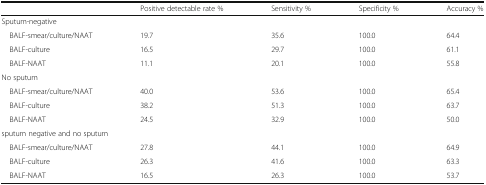
|  | Positive detectable rate % | Sensitivity % | Specificity % | Accuracy % |
 | --- | --- | --- | --- | --- |
 | <COLSPAN=5> Sputum-negative |
 | BALF-smear/culture/NAAT | 19.7 | 35.6 | 100.0 | 64.4 |
 | BALF-culture | 16.5 | 29.7 | 100.0 | 61.1 |
 | BALF-NAAT | 11.1 | 20.1 | 100.0 | 55.8 |
 | <COLSPAN=5> No sputum |
 | BALF-smear/culture/NAAT | 40.0 | 53.6 | 100.0 | 65.4 |
 | BALF-culture | 38.2 | 51.3 | 100.0 | 63.7 |
 | BALF-NAAT | 24.5 | 32.9 | 100.0 | 50.0 |
 | <COLSPAN=5> sputum negative and no sputum |
 | BALF-smear/culture/NAAT | 27.8 | 44.1 | 100.0 | 64.9 |
 | BALF-culture | 26.3 | 41.6 | 100.0 | 63.3 |
 | BALF-NAAT | 16.5 | 26.3 | 100.0 | 53.7 |